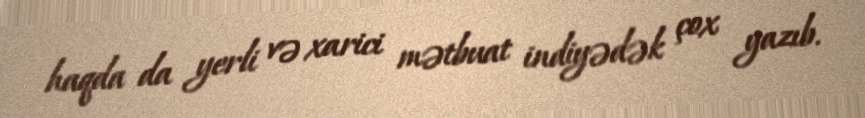
haqda da yerli və xarici mətbuat indiyədək çox yazıb.